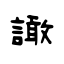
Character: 譀